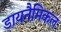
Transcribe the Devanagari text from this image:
डायनैमिकल